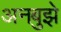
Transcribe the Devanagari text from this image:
अनबुझे